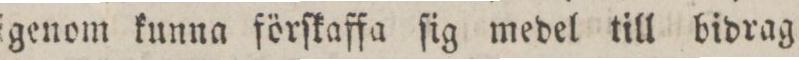
lgenom kunna förſkaffa ſig medel till bidrag